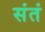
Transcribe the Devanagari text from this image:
संतं